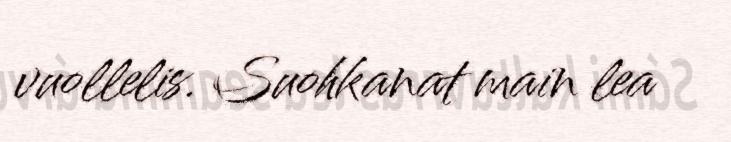
vuollelis. Suohkanat main lea